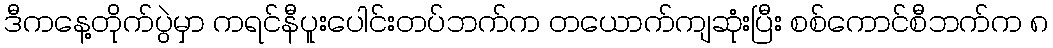
ဒီကနေ့တိုက်ပွဲမှာ ကရင်နီပူးပေါင်းတပ်ဘက်က တယောက်ကျဆုံးပြီး စစ်ကောင်စီဘက်က ၈